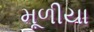
મૂળીયા